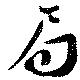
局